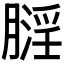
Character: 𪱬